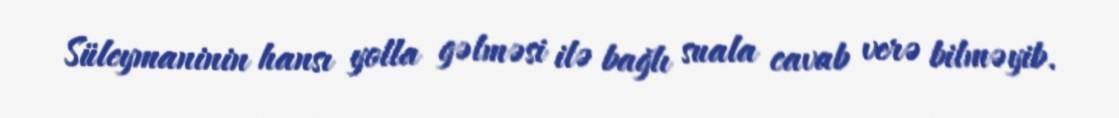
Süleymaninin hansı yolla gəlməsi ilə bağlı suala cavab verə bilməyib.